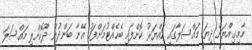
މާމިގިއްޔަށް ދިޔަ މައްސަލާގައި ހައްޔަރު ކޮށްފައި ބެހެއްޓުމަށްފަހު އޭނާ ބަންދުން ދޫކޮށްލި މައްސަލަ